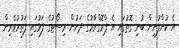
އެ ކުންފުނިން ބުނި ގޮތުގައި އެ ޕްރޮގްރާމުގެ ދަށުން ރިސޯޓުގެ ފަޅުގައި ފަތުރުވެރިން